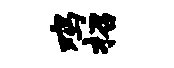
鸡招